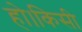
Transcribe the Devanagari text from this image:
हो।किसी